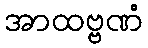
အာထဗ္ဗဏံ